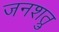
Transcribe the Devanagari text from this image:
जनशत्रु